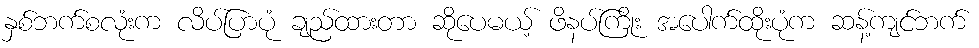
နှစ်ဘက်စလုံးက လိပ်ပြာပုံ ချည်ထားတာ ဆိုပေမယ့် ဖိနပ်ကြိုး အပေါက်ထိုးပုံက ဆန့်ကျင်ဘက်